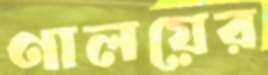
ণালয়ের